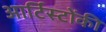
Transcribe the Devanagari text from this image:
आर्टिस्टोंकी